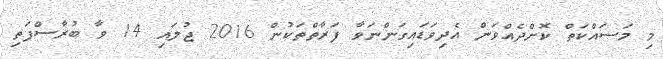
މި މަސައްކަތް ކޮށްދެއްވަން އެދިވަޑައިގަންނަވާ ފަރާތްތަކުން 2016 ޖުލައި 14 ވާ ބުރާސްފަތި